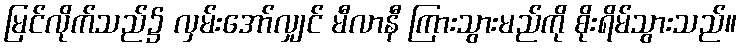
မြင်လိုက်သည်၌ လှမ်းအော်လျှင် မီလာနီ ကြားသွားမည်ကို စိုးရိမ်သွားသည်။